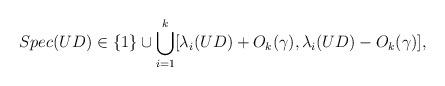
LaTeX: \begin{align*}Spec(UD) \in \{1\} \cup \bigcup\limits_{i=1}^k [ \lambda_i(UD) + O_k(\gamma), \lambda_i(UD) - O_k(\gamma)],\end{align*}